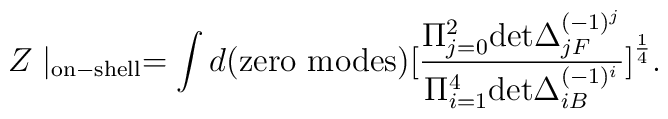
Z \mid_{\rm on-shell} = \int d({\rm  zero~ modes} )\big[  { \Pi_{j=0}^2{\rm det} \Delta_{jF} ^{(-1)^j}\over \Pi_{i=1}^4{\rm det} \Delta_{iB} ^{(-1)^i}} \big]^{1 \over 4} .